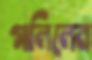
গালিলেন